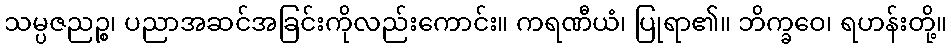
သမ္ပဇညဉ္စ၊ ပညာအဆင်အခြင်းကိုလည်းကောင်း။ ကရဏီယံ၊ ပြုရာ၏။ ဘိက္ခဝေ၊ ရဟန်းတို့။